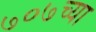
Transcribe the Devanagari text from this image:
७०७च्या